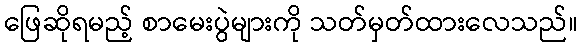
ဖြေဆိုရမည့် စာမေးပွဲများကို သတ်မှတ်ထားလေသည်။